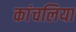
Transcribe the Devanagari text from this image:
कांचलिया